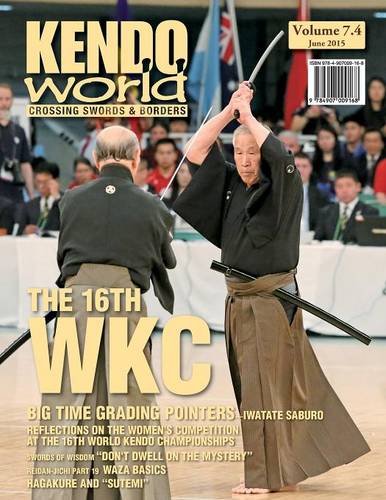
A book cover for Kendo World 7.4; Children's Books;